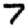
Digit: 7